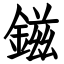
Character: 鎡